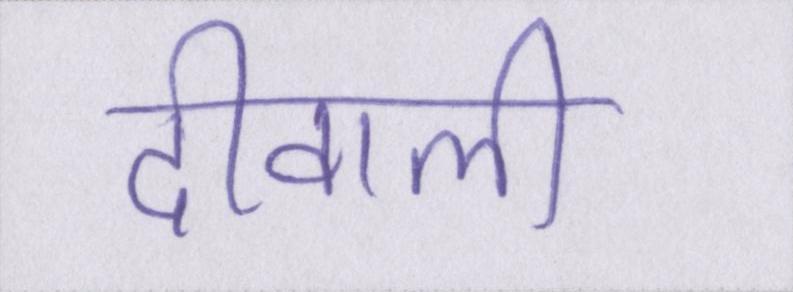
दीवाली